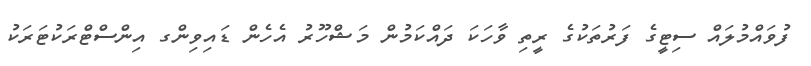
ފުވައްމުލައް ސިޓީގެ ފަރުތަކުގެ ރީތި ވާހަކަ ދައްކަމުން މަޝްހޫރު އެހެން ޑައިވިންގ އިންސްޓްރަކުޓަރަކު